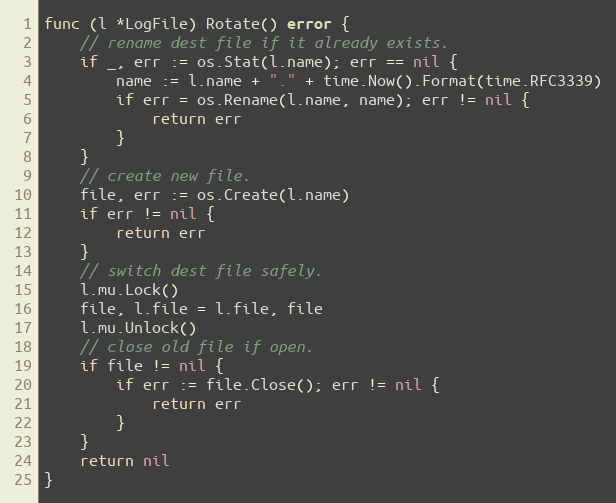
Language: Go
func (l *LogFile) Rotate() error {
	// rename dest file if it already exists.
	if _, err := os.Stat(l.name); err == nil {
		name := l.name + "." + time.Now().Format(time.RFC3339)
		if err = os.Rename(l.name, name); err != nil {
			return err
		}
	}
	// create new file.
	file, err := os.Create(l.name)
	if err != nil {
		return err
	}
	// switch dest file safely.
	l.mu.Lock()
	file, l.file = l.file, file
	l.mu.Unlock()
	// close old file if open.
	if file != nil {
		if err := file.Close(); err != nil {
			return err
		}
	}
	return nil
}